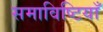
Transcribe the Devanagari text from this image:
समाविष्टियाँ